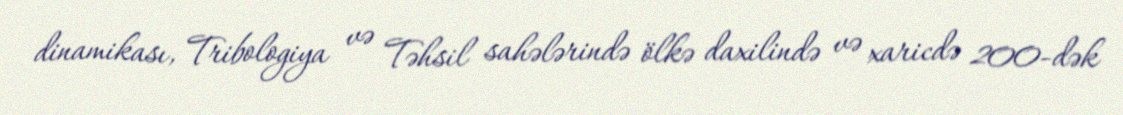
dinamikası, Tribologiya və Təhsil sahələrində ölkə daxilində və xaricdə 200-dək